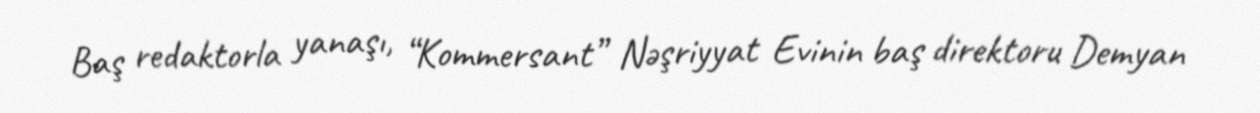
Baş redaktorla yanaşı, “Kommersant” Nəşriyyat Evinin baş direktoru Demyan